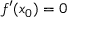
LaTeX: f ^ { \prime } ( x _ { 0 } ) = 0